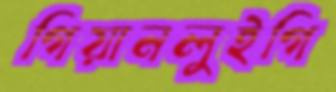
গিয়ানলুইগি